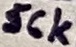
Text: 56k